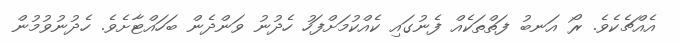
އެއްޗެކެވެ. ރޯ އަނބު ފަތްތަކެއް ފެނުގައި ކެއްކުމަށްފަހު ހެދުނު ވަންދެން ބަހައްޓާށެވެ. ހެދުނުވުމުން